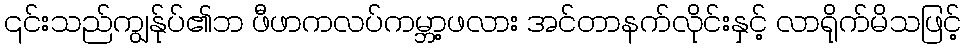
၎င်းသည်ကျွန်ုပ်၏ဘ ဖီဖာကလပ်ကမ္ဘာ့ဖလား အင်တာနက်လိုင်းနှင့် လာရိုက်မိသဖြင့်